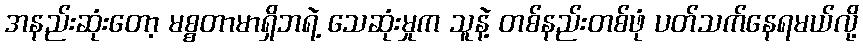
အနည်းဆုံးတော့ မစ္စတာမာရှိဘရဲ့ သေဆုံးမှုက သူနဲ့ တစ်နည်းတစ်ဖုံ ပတ်သက်နေရမယ်လို့